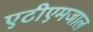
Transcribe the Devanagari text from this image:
एटीएमजाल